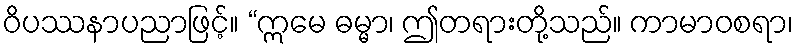
ဝိပဿနာပညာဖြင့်။ “ဣမေ ဓမ္မာ၊ ဤတရားတို့သည်။ ကာမာဝစရာ၊